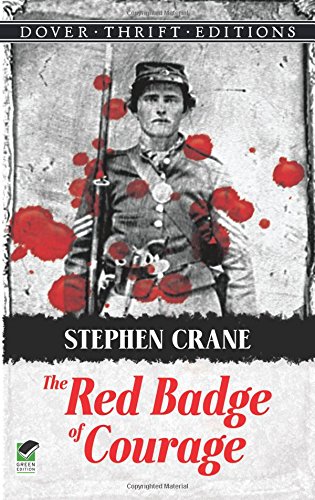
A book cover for The Red Badge of Courage (Dover Thrift Editions); Stephen Crane; Literature & Fiction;